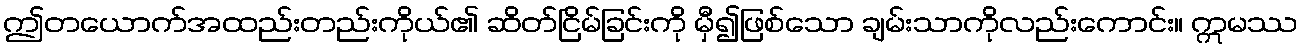
ဤတယောက်အထည်းတည်းကိုယ်၏ ဆိတ်ငြိမ်ခြင်းကို မှီ၍ဖြစ်သော ချမ်းသာကိုလည်းကောင်း။ ဣမဿ